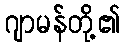
ဂျာမန်တို့၏